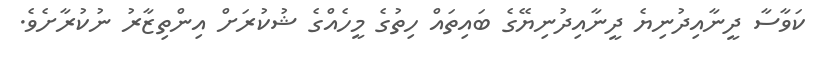
ކަވާސާ ދީނާއިދުނިޔެ ދީނާއިދުނިޔޭގެ ބައިތައް ހިތުގެ މީހެއްގެ ޝުކުރަށް އިންތިޒާރު ނުކުރާށެވެ.